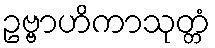
ဥဗ္ဗာဟိကာသုတ္တံ